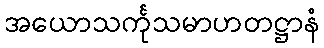
အယောသင်္ကုသမာဟတဋ္ဌာနံ